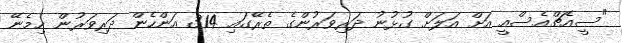
"ސީއެޗްއެސްއީ އަށް އަލަށް ގުޅުނު ދަރިވަރުންގެ ތެރޭގައި 314 އަންހެން ދަރިވަރުން ހިމެނޭ